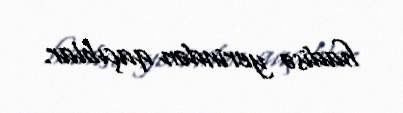
hadisə yerindən qaçıblar.